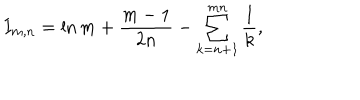
I _ { m , n } = \ln m + \frac { m - 1 } { 2 n } - \sum _ { k = n + 1 } ^ { m n } \frac { 1 } { k } ,